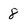
Character: 8